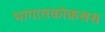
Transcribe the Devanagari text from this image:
भागातकोकसस